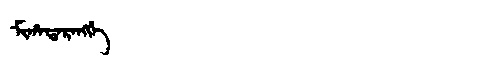
Manchu: ᠮᡳᡥᠠᡩᠠᡵᠠᠩᡤᡝ
Romanization: MIHADARANGGE